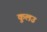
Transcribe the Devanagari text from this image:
कुलउ